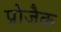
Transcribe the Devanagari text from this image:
प्रोजैक